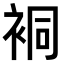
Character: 𧙥